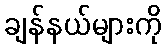
ချန်နယ်များကို